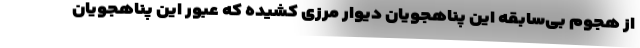
از هجوم بی‌سابقه این پناهجویان دیوار مرزی کشیده که عبور این پناهجویان